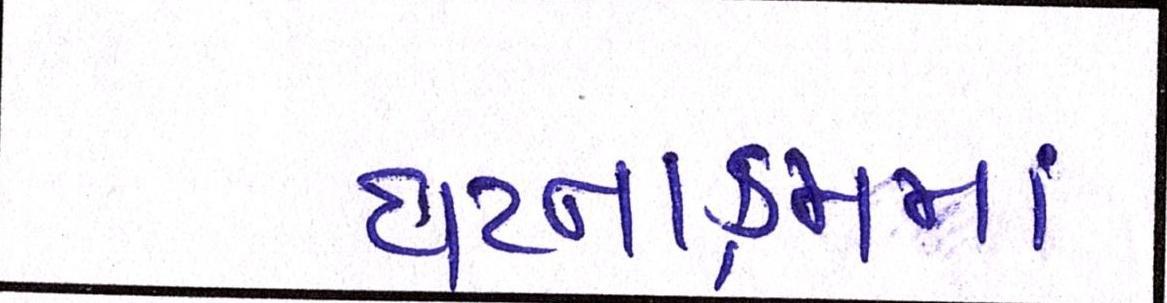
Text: ઘટનાક્રમમાં